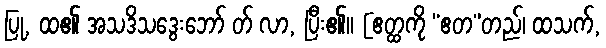
ပြု, ထ၏ အသဒိသဒွေးဘော် တ် လာ, ပြီး၏။ [ဧတ္ထကို “ဧတ”တည်၊ ထသက်,